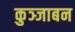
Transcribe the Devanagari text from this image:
कुञ्जाबन